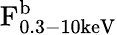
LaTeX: \mathrm{F_{0.3-10\mathrm{keV}}^{b}}